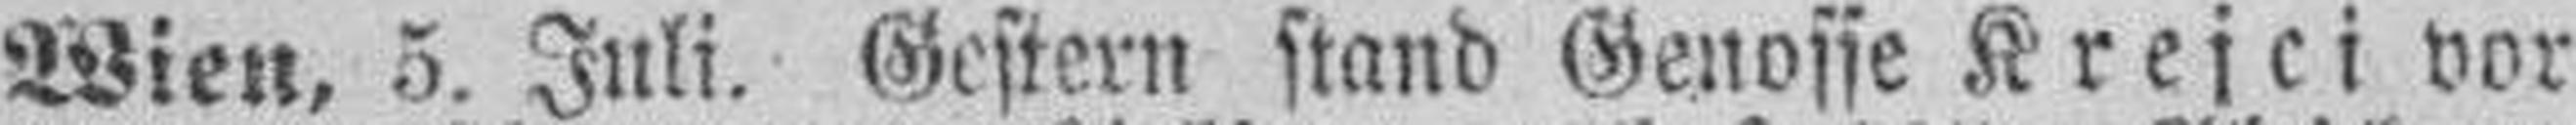
Wien, 5. Juli. Gestern stand Genosse Krejci vor